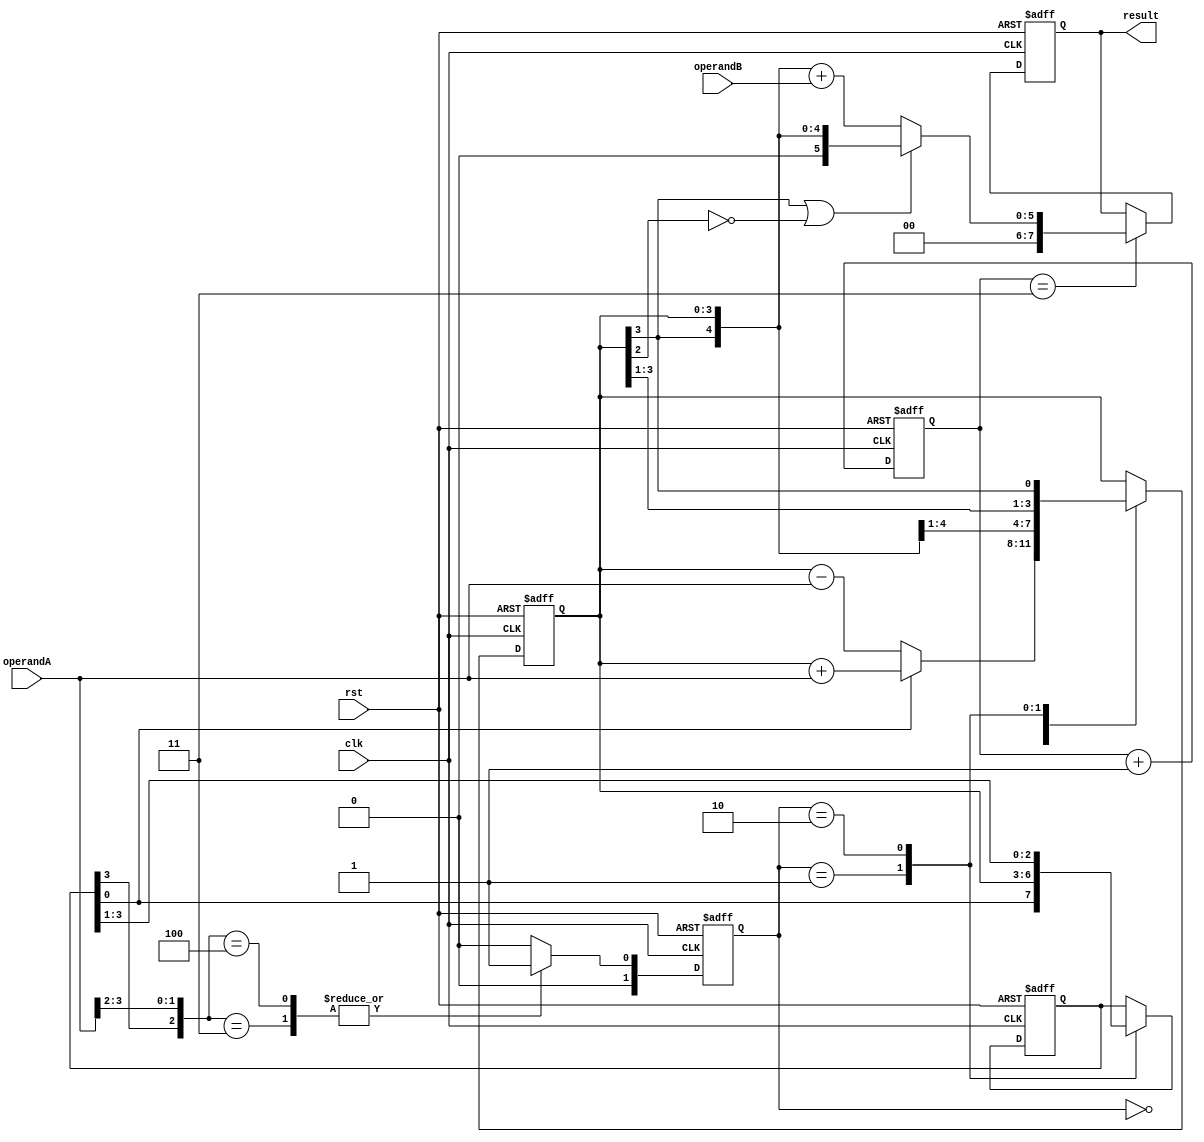
module BoothMultiplier(
    input [3:0] operandA,
    input [3:0] operandB,
    input clk,
    input rst,
    
    output reg [7:0] result
);

reg [3:0] partialProduct;
reg [3:0] accumulator;
reg [1:0] control;
reg [2:0] shiftCount;

always @(posedge clk or posedge rst) begin
    if (rst) begin
        partialProduct <= 4'b0000;
        accumulator <= 4'b0000;
        control <= 2'b00;
        shiftCount <= 3'b000;
        result <= 8'b00000000;
    end else begin
        // Booth Encoder
        case ({partialProduct[3], operandA[3:2]})  // Selects the control signal based on the MSB of partial product and 2 MSBs of Operand A
            3'b100, 3'b011: control <= 2'b01;  // right-shift accumulator
            3'b011, 3'b100: control <= 2'b10;  // left-shift accumulator
            default: control <= 2'b00;  // No shift required
        endcase
        
        // Booth Algorithm
        case (control)
            2'b00: begin  // No shift
                if (partialProduct[0] == 1) accumulator <= accumulator + operandA;
                if (partialProduct[0] == 0) accumulator <= accumulator - operandA;
            end
            2'b01: begin  // Right-shift accumulator
                partialProduct <= {partialProduct[0], accumulator[3:1]};
                accumulator <= {accumulator[3], accumulator[3:1]};
            end
            2'b10: begin  // Left-shift accumulator
                partialProduct <= {accumulator[0], partialProduct[3:1]};
                accumulator <= {accumulator[3:1], accumulator[3]};
            end
        endcase
        
        shiftCount <= shiftCount + 1;
        
        // Overflow detection
        if (shiftCount == 3) begin
            if (accumulator[3] == 1 || accumulator[2] == 0) begin
                result <= {accumulator[3], accumulator};
            end else begin
                result <= {accumulator[3], accumulator} + operandB;
            end
        end
    end
end

endmodule